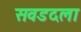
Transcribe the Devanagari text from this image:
सवडदला